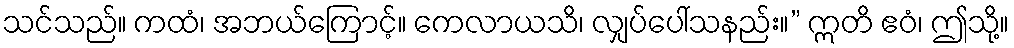
သင်သည်။ ကထံ၊ အဘယ်ကြောင့်။ ကေလာယသိ၊ လျှပ်ပေါ်သနည်း။” ဣတိ ဧဝံ၊ ဤသို့။